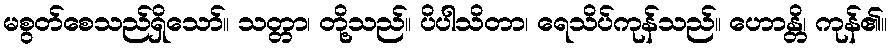
မစွတ်စေသည်ရှိသော်။ သတ္တာ၊ တို့သည်။ ပိပါသိတာ၊ ရေသိပ်ကုန်သည်။ ဟောန္တိ၊ ကုန်၏။